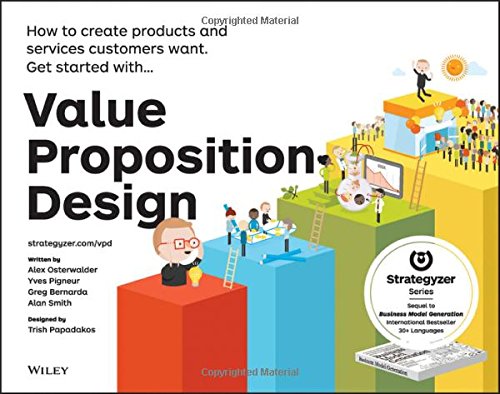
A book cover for Value Proposition Design: How to Create Products and Services Customers Want (Strategyzer); Alexander Osterwalder; Business & Money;